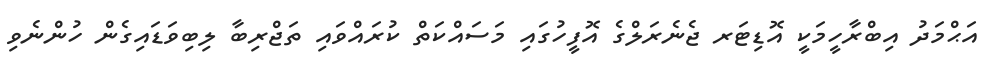
އަޙްމަދު އިބްރާހީމަކީ އޮޑިޓަރ ޖެނެރަލްގެ އޮފީހުގައި މަސައްކަތް ކުރައްވައި ތަޖްރިބާ ލިބިވަޑައިގެން ހުންނެވި